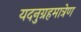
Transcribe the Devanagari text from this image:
यदनुग्रहमात्रेण